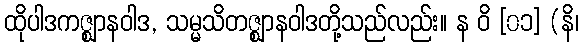
ထိုပါဒကဇ္ဈာနဝါဒ, သမ္မသိတဇ္ဈာနဝါဒတို့သည်လည်း။ န ဝိ [၀၁] (နိ၊